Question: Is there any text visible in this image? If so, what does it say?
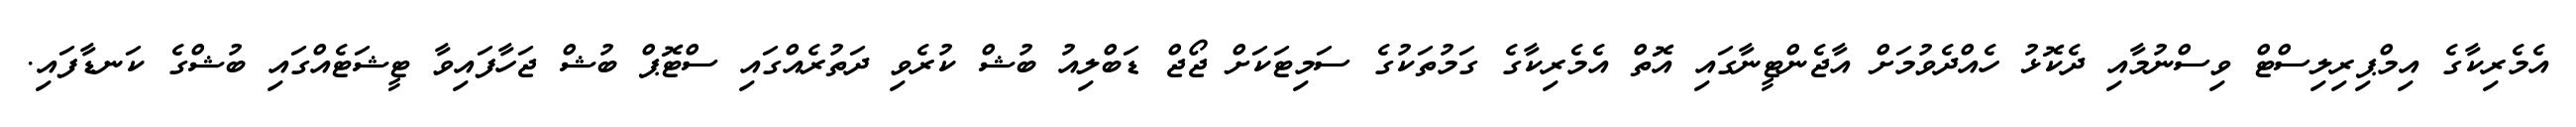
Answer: އެމެރިކާގެ އިމްޕިރިލިސްޓް ވިސްނުމާއި ދެކޮޅު ހެއްދެވުމަށް އާޖެންޓީނާގައި އޮތް އެމެރިކާގެ ގަމުތަކުގެ ސަމިޓަކަށް ޖޯޖް ޑަބްލިއު ބުޝް ކުރެވި ދަތުރެއްގައި ސްޓޮޕް ބުޝް ޖަހާފައިވާ ޓީޝަޓެއްގައި ބުޝްގެ ކަނޑާފައި.